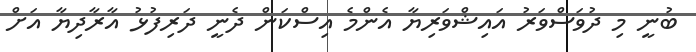
ބުނީ މި ދުވަސްވަރު އައިޝްވަރިޔާ އެންމެ އިސްކަން ދެނީ ދަރިފުޅު އާރާދިޔާ އަށް